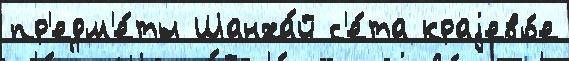
пр'едм'е́ты Шанха́й с'е́та краjево́е